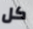
كل